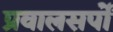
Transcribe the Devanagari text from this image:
प्रवालसर्पों